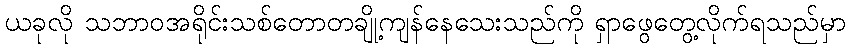
ယခုလို သဘာဝအရိုင်းသစ်တောတချို့ကျန်နေသေးသည်ကို ရှာဖွေတွေ့လိုက်ရသည်မှာ